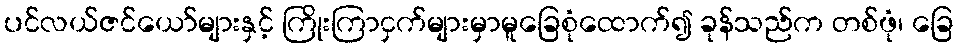
ပင်လယ်ဇင်ယော်များနှင့် ကြိုးကြာငှက်များမှာမူခြေစုံထောက်၍ ခုန်သည်က တစ်ဖုံ၊ ခြေ